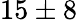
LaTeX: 15\pm 8